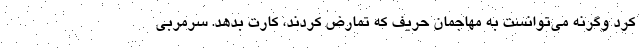
کرد وگرنه می‌توانست به مهاجمان حریف که تمارض کردند، کارت بدهد. سرمربی